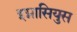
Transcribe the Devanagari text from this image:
इग्नासियुस